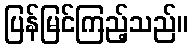
ပြန်မြင်ကြည့်သည်။